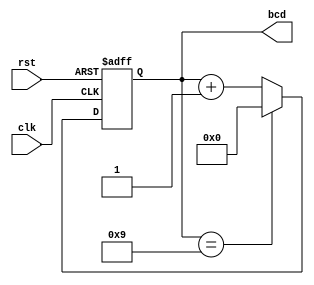
module bcd_counter (
    input wire clk,      // Clock signal
    input wire rst,      // Asynchronous reset signal
    output reg [3:0] bcd // 4-bit BCD output
);

// Always block triggered on the rising edge of the clock or when reset is asserted
always @(posedge clk or posedge rst) begin
    if (rst) begin
        // If reset is asserted, set BCD output to 0
        bcd <= 4'b0000;
    end else begin
        // If not reset, increment the counter
        if (bcd == 4'b1001) begin
            // If current count is 9, reset to 0
            bcd <= 4'b0000;
        end else begin
            // Otherwise, increment the count
            bcd <= bcd + 1;
        end
    end
end

endmodule